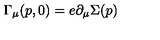
\Gamma _ { \mu } ( p , 0 ) = e \partial _ { \mu } \Sigma ( p )